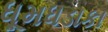
ધૂમધડાકા